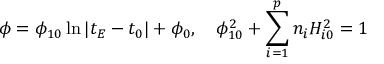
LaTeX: \phi = \phi _ { 1 0 } \ln \left| t _ { E } - t _ { 0 } \right| + \phi _ { 0 } , \quad \phi _ { 1 0 } ^ { 2 } + \sum _ { i = 1 } ^ { p } n _ { i } H _ { i 0 } ^ { 2 } = 1